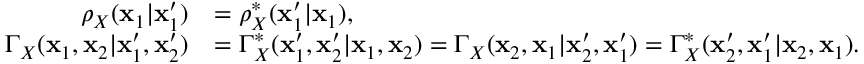
\begin{array} { r l } { \rho _ { X } ( \mathbf { x } _ { 1 } | \mathbf { x } _ { 1 } ^ { \prime } ) } & { = \rho _ { X } ^ { * } ( \mathbf { x } _ { 1 } ^ { \prime } | \mathbf { x } _ { 1 } ) , } \\ { \Gamma _ { X } ( \mathbf { x } _ { 1 } , \mathbf { x } _ { 2 } | \mathbf { x } _ { 1 } ^ { \prime } , \mathbf { x } _ { 2 } ^ { \prime } ) } & { = \Gamma _ { X } ^ { * } ( \mathbf { x } _ { 1 } ^ { \prime } , \mathbf { x } _ { 2 } ^ { \prime } | \mathbf { x } _ { 1 } , \mathbf { x } _ { 2 } ) = \Gamma _ { X } ( \mathbf { x } _ { 2 } , \mathbf { x } _ { 1 } | \mathbf { x } _ { 2 } ^ { \prime } , \mathbf { x } _ { 1 } ^ { \prime } ) = \Gamma _ { X } ^ { * } ( \mathbf { x } _ { 2 } ^ { \prime } , \mathbf { x } _ { 1 } ^ { \prime } | \mathbf { x } _ { 2 } , \mathbf { x } _ { 1 } ) . } \end{array}